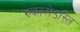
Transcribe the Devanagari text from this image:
रुकारोऽस्ति